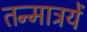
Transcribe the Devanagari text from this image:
तन्मात्रयें